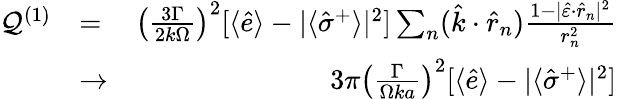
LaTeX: \begin{array}{rlr}{{\cal Q}^{(1)}}&{=}&{\left(\frac{3\Gamma}{2k\Omega}\right)^{2}[\langle\hat{e}\rangle-|\langle\hat{\sigma}^{+}\rangle|^{2}]\sum_{n}(\hat{k}\cdot\hat{r}_{n})\frac{1-|\hat{\varepsilon}\cdot\hat{r}_{n}|^{2}}{r_{n}^{2}}}\\ &{\to}&{3\pi\left(\frac{\Gamma}{\Omega ka}\right)^{2}[\langle\hat{e}\rangle-|\langle\hat{\sigma}^{+}\rangle|^{2}]}\end{array}